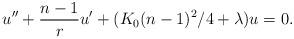
LaTeX: \begin{align*} u^{\prime\prime}+ \frac{n-1}{r} u^{\prime} +( K_0(n-1)^2/4+\lambda )u=0. \end{align*}